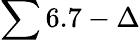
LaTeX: \sum 6.7-\Delta